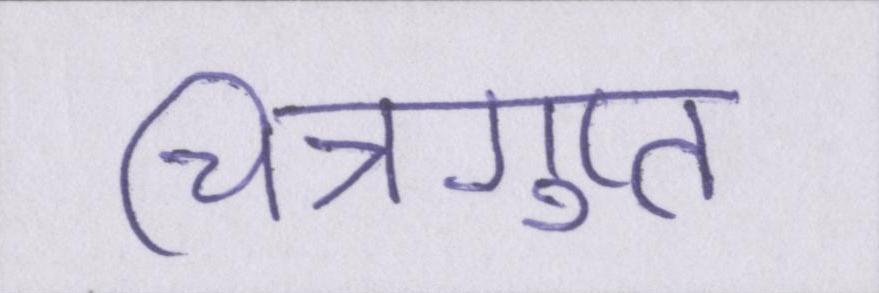
चित्रगुप्त